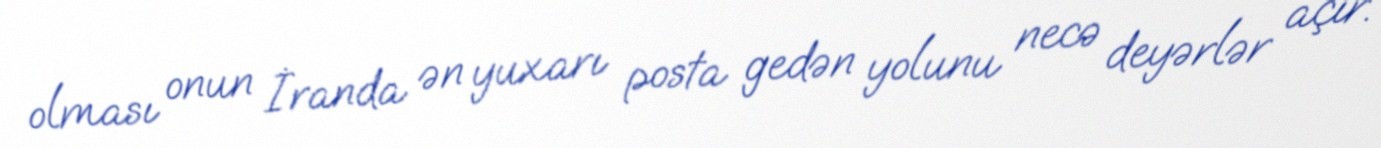
olması onun İranda ən yuxarı posta gedən yolunu necə deyərlər açır.